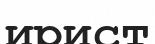
ирист